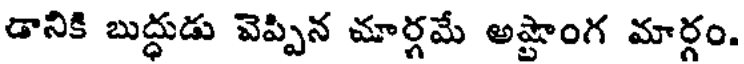
డానికి బుద్ధుడు వెప్పిన మార్గమే అష్టాంగ మార్గం.